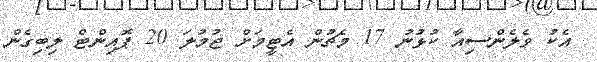
އެކު ވެލެންސިއާ ކުޅުނު 17 މެޗުން އެޓީމަށް ޖުމުލަ 20 ޕޮއިންޓް ލިބިގެން